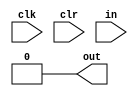
`timescale 1ns / 1ps
//////////////////////////////////////////////////////////////////////////////////
// Company: 
// Engineer: 
// 
// Design Name: 
// Module Name:    string 
// Project Name: 
// Target Devices: 
// Tool versions: 
// Description: 
//
// Dependencies: 
//
// Revision: 
// Revision 0.01 - File Created
// Additional Comments: 
//
//////////////////////////////////////////////////////////////////////////////////
module string(
	input clk,
	input clr,
	input [7:0] in,
	output reg out=0
    );
	 integer state=0;
	 
	 always @(posedge clr) begin
		state=0;
		out<=0;
	 end
	 
	 always @(posedge clk) begin
		if(clr!=1) begin
			case(state)
			0:
				begin
					if(in>=48&&in<=57) begin
						state=1;
					end
					else begin
						state=3;
					end
				end
			1:
				begin
					if(in==42||in==43)begin
						state=2;
					end
					else begin
						state=3;
					end
				end
			2:
				begin
					if(in>=48&&in<=57) begin
						state=1;
					end
					else begin
						state=3;
					end
				end
			3:
				begin
					state=3;
				end
			default:;
			endcase
			if(state==1)begin
				out<=1;
			end
			else begin
				out<=0;
			end
		end
	 end


endmodule